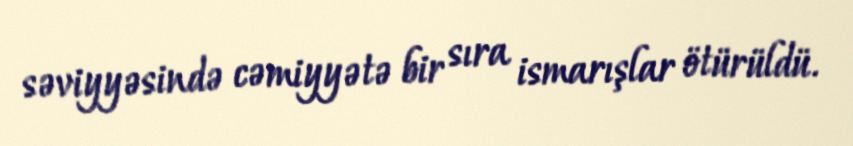
səviyyəsində cəmiyyətə bir sıra ismarışlar ötürüldü.